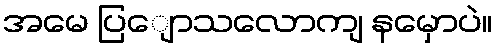
အမေ ပြျောသလောကျ နမှောပဲ။